Scottish Leaving Certificate Examination, 1955
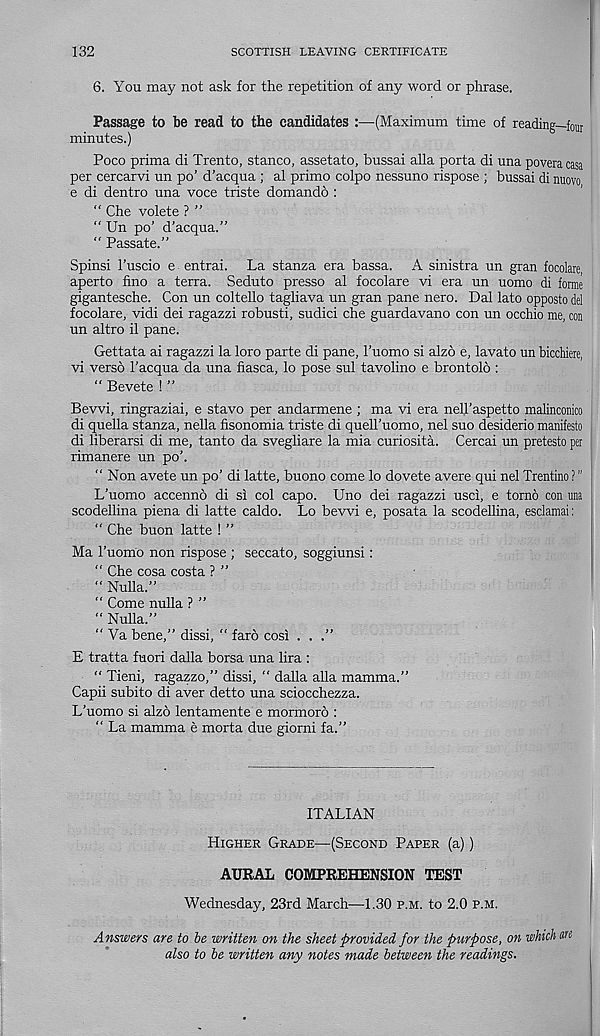
132
SCOTTISH LEAVING CERTIFICATE
6. You may not ask for the repetition of any word or phrase.
Passage to be read to the candidates :—(Maximum time of reading—four
minutes.)
Poco prima di Trento, stance, assetato, bussai alia porta di una povera casa
per cercarvi un po’ d’acqua ; al primo colpo nessuno rispose ; bussai di nuovo
e di dentro una voce triste domando :
“ Che volete ? ”
“ Un po’ d’acqua.”
“ Passate.”
Spinsi 1’uscio e entrai. La stanza era bassa. A sinistra un gran focolare,
aperto fino a terra. Seduto presso al focolare vi era un uomo di forme
gigantesche. Con un coltello tagliava un gran pane nero. Dal lato opposto del
focolare, vidi dei ragazzi robusti, sudici che guardavano con un occhio me, con
un altro il pane.
Gettata ai ragazzi la loro parte di pane, I’uomo si alzo e, lavato un bicchiere,
vi verso 1’acqua da una fiasca, lo pose sul tavolino e brontolo :
“ Bevete ! ”
Bevvi, ringraziai, e stavo per andarmene ; ma vi era nell’aspetto malinconico
di quella stanza, nella fisonomia triste di quell’uomo, nel suo desiderio manifesto
di liberarsi di me, tanto da svegliare la mia curiosita. Cercai un pretesto per
rimanere un po’.
“ Non avete un po’ di latte, buono come lo dovete avere qui nel Trentino ? ”
L’uomo accenno di si col capo. Uno dei ragazzi usci, e torno con una
scodellina piena di latte caldo. Lo bevvi e, posata la scodellina, esclamai:
“ Che buon latte ! ”
Ma 1’uomo non rispose ; seccato, soggiunsi:
“ Che cosa costa ? ”
“ Nulla.”
" Come nulla ? ”
“ Nulla.”
“ Va bene,” dissi, “ faro cosi . . .”
E tratta fuori dalla borsa una lira :
“ Tieni, ragazzo,” dissi, “ dalla alia mamma.”
Capii subito di aver detto una sciocchezza.
L’uomo si alzo lentamente e mormoro :
“ La mamma e morta due giorni fa.”
ITALIAN
Higher Grade—(Second Paper (a))
AURAL COMPREHENSION TEST
Wednesday, 23rd March—1.30 p.m. to 2.0 P.M.
Answers are to be written on the sheet provided for the purpose, on which ars
also to be written any notes made between the readings.